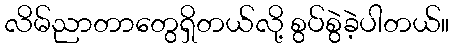
လိမ်ညာတာတွေရှိတယ်လို့ စွပ်စွဲခဲ့ပါတယ်။